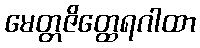
မေတ္တဇိတ္ထေရဂါထာ